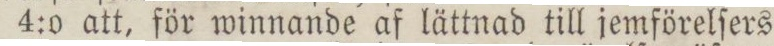
4:0 att, för winnande af lättnad till jemförelſers